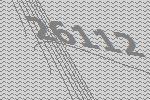
26112